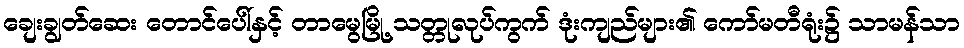
ချေးချွတ်ဆေး တောင်ပေါ်နှင့် တာမွေမြို့ သတ္တုလုပ်ကွက် ဒုံးကျည်များ၏ ကော်မတီရုံး၌ သာမန်သာ